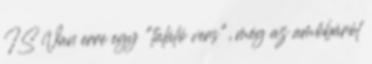
IS Van erre egy "találó vers", még az amőbáról